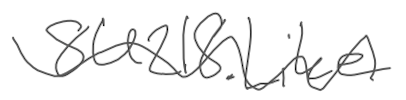
Text: 8U218.Like
Cross-out: wave
Writing tool: digital_gray